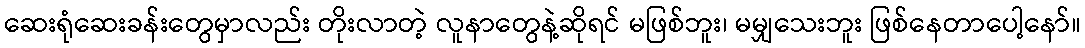
ဆေးရုံဆေးခန်းတွေမှာလည်း တိုးလာတဲ့ လူနာတွေနဲ့ဆိုရင် မဖြစ်ဘူး၊ မမျှသေးဘူး ဖြစ်နေတာပေါ့နော်။